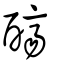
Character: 𨣧